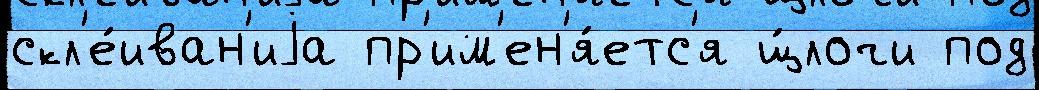
скл'е́иван'иjа пр'им'ен'я́етс'я щ́лочи под